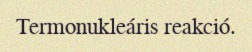
Termonukleáris reakció.